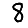
Digit: 8